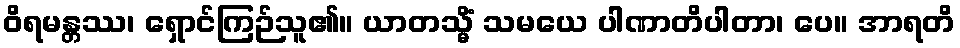
ဝိရမန္တဿ၊ ရှောင်ကြဉ်သူ၏။ ယာတသ္မိံ သမယေ ပါဏာတိပါတာ၊ ပေ။ အာရတိ